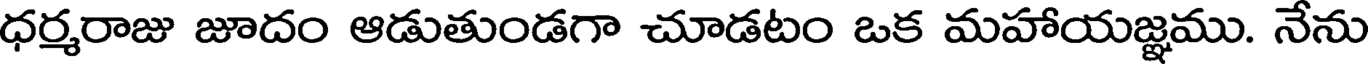
ధర్మరాజు జూదం ఆడుతుండగా చూడటం ఒక మహాయజ్ఞము. నేను